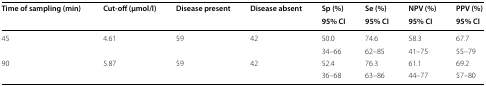
<table><thead><tr><td rowspan="2"><b>Time of sampling (min)</b></td><td rowspan="2"><b>Cut-off (μmol/l)</b></td><td rowspan="2"><b>Disease present</b></td><td rowspan="2"><b>Disease absent</b></td><td><b>Sp (%)</b></td><td><b>Se (%)</b></td><td><b>NPV (%)</b></td><td><b>PPV (%)</b></td></tr><tr><td><b>95% CI</b></td><td><b>95% CI</b></td><td><b>95% CI</b></td><td><b>95% CI</b></td></tr></thead><tbody><tr><td rowspan="2">45</td><td rowspan="2">4.61</td><td rowspan="2">59</td><td rowspan="2">42</td><td>50.0</td><td>74.6</td><td>58.3</td><td>67.7</td></tr><tr><td>34–66</td><td>62–85</td><td>41–75</td><td>55–79</td></tr><tr><td rowspan="2">90</td><td rowspan="2">5.87</td><td rowspan="2">59</td><td rowspan="2">42</td><td>52.4</td><td>76.3</td><td>61.1</td><td>69.2</td></tr><tr><td>36–68</td><td>63–86</td><td>44–77</td><td>57–80</td></tr></tbody></table>